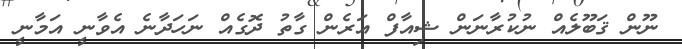
ނޫން ޤަބޫލެއް ނުކުރާނަން ޝިއާފް އަރެން ގާތު ދޮގެއް ނަހަދާނެ އެވާނީ އަމާނީ